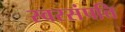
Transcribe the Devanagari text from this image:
स्वरसंपत्ति